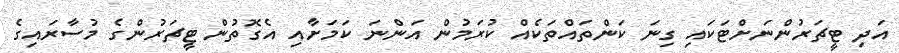
އަދި ޓީޗަރުންނަށްޓަކައި ގިނަ ކަންތައްތަކެއް ކުރަމުން އަންނަ ކަމަށާއި އެގޮތުން ޓީޗަރުންގެ މުސާރައިގެ